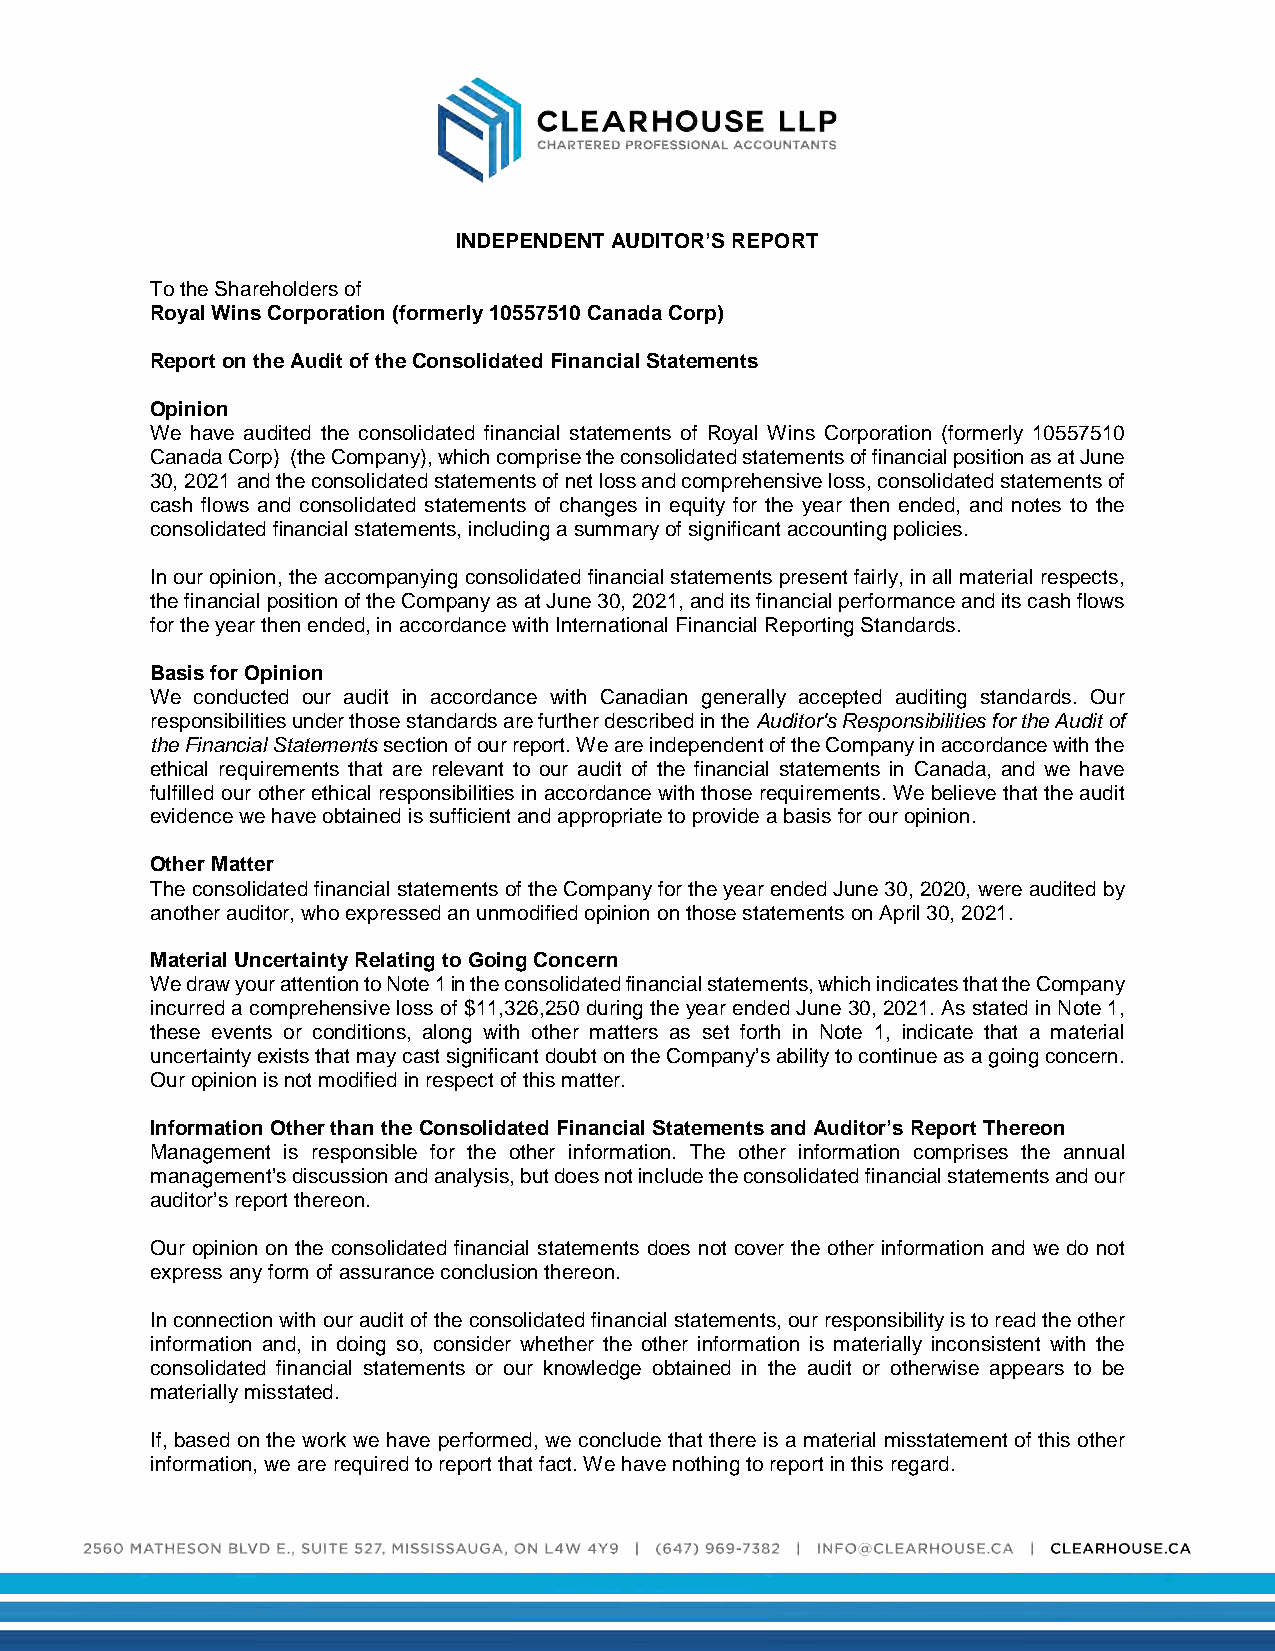
INDEPENDENT AUDITOR’S REPORT
 To the Shareholders of
 Royal Wins Corporation (formerly 10557510 Canada Corp)
 Report on the Audit of the Consolidated Financial Statements
 Opinion
 We have audited the consolidated financial statements of Royal Wins Corporation (formerly 10557510
 Canada Corp) (the Company), which comprise the consolidated statements of financial position as at June
 30, 2021 and the consolidated statements of net loss and comprehensive loss, consolidated statements of
 cash flows and consolidated statements of changes in equity for the year then ended, and notes to the
 consolidated financial statements, including a summary of significant accounting policies.
 In our opinion, the accompanying consolidated financial statements present fairly, in all material respects,
 the financial position of the Company as at June 30, 2021, and its financial performance and its cash flows
 for the year then ended, in accordance with International Financial Reporting Standards.
 Basis for Opinion
 We conducted our audit in accordance with Canadian generally accepted auditing standards. Our
 responsibilities under those standards are further described in the Auditor's Responsibilities for the Audit of
 the Financial Statements section of our report. We are independent of the Company in accordance with the
 ethical requirements that are relevant to our audit of the financial statements in Canada, and we have
 fulfilled our other ethical responsibilities in accordance with those requirements. We believe that the audit
 evidence we have obtained is sufficient and appropriate to provide a basis for our opinion.
 Other Matter
 The consolidated financial statements of the Company for the year ended June 30, 2020, were audited by
 another auditor, who expressed an unmodified opinion on those statements on April 30, 2021.
 Material Uncertainty Relating to Going Concern
 We draw your attention to Note 1 in the consolidated financial statements, which indicates that the Company
 incurred a comprehensive loss of $11,326,250 during the year ended June 30, 2021. As stated in Note 1,
 these events or conditions, along with other matters as set forth in Note 1, indicate that a material
 uncertainty exists that may cast significant doubt on the Company’s ability to continue as a going concern.
 Our opinion is not modified in respect of this matter.
 Information Other than the Consolidated Financial Statements and Auditor’s Report Thereon
 Management is responsible for the other information. The other information comprises the annual
 management’s discussion and analysis, but does not include the consolidated financial statements and our
 auditor’s report thereon.
 Our opinion on the consolidated financial statements does not cover the other information and we do not
 express any form of assurance conclusion thereon.
 In connection with our audit of the consolidated financial statements, our responsibility is to read the other
 information and, in doing so, consider whether the other information is materially inconsistent with the
 consolidated financial statements or our knowledge obtained in the audit or otherwise appears to be
 materially misstated.
 If, based on the work we have performed, we conclude that there is a material misstatement of this other
 information, we are required to report that fact. We have nothing to report in this regard.